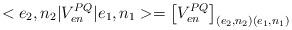
LaTeX: \begin{align*}<e_{2},n_{2}|V_{en}^{PQ}|e_{1},n_{1}>=\left[V_{en}^{PQ}\right]_{(e_{2},n_{2})(e_{1},n_{1})}\end{align*}